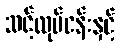
သင့်လုပ်ငန်းနှင့်